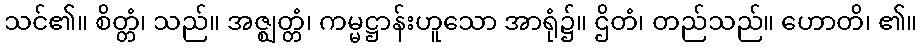
သင်၏။ စိတ္တံ၊ သည်။ အဇ္ဈတ္တံ၊ ကမ္မဋ္ဌာန်းဟူသော အာရုံ၌။ ဌိတံ၊ တည်သည်။ ဟောတိ၊ ၏။